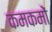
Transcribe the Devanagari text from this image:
कमकमों